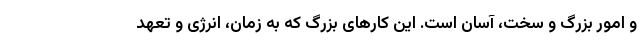
و امور بزرگ و سخت، آسان است. این کارهای بزرگ که به زمان، انرژی و تعهد